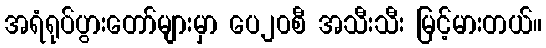
အရံရုပ်ပွားတော်များမှာ ပေ၂၀စီ အသီးသီး မြင့်မားတယ်။